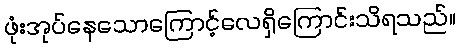
ဖုံးအုပ်နေသောကြောင့်လေရှိကြောင်းသိရသည်။